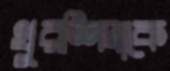
খুরশিদাকে